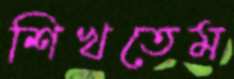
শিখতেম